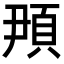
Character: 䪳